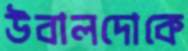
উবালদোকে